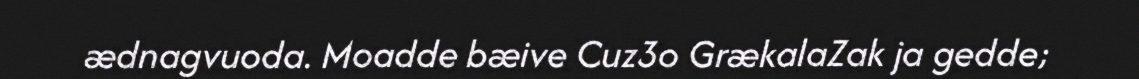
ædnagvuoda. Moadde bæive Cuz3o GrækalaZak ja gedde;